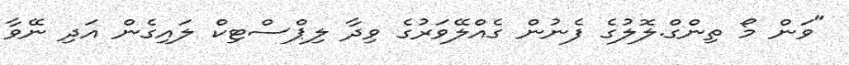
"ވަން މޯ ތިންގް.ލޮލުގެ ފެނުން ގެއްލޭވަރުގެ ވިދާ ލިޕްސްޓިކް ލައިގެން އަދި ނޭވާ